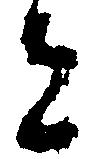
者